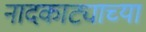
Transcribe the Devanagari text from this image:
नादकाट्याच्या